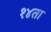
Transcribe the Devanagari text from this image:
१४ता